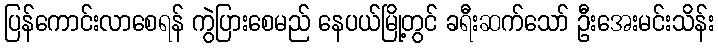
ပြန်ကောင်းလာစေရန် ကွဲပြားစေမည် နေပယ်မြို့တွင် ခရီးဆက်သော် ဦးအေးမင်းသိန်း